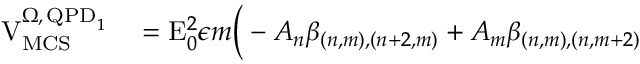
\begin{array} { r l } { \mathrm { V } _ { \mathrm { M C S } } ^ { \Omega , \, \mathrm { Q P D } _ { 1 } } } & { { } = \mathrm { E } _ { 0 } ^ { 2 } \epsilon m \Big ( - A _ { n } \beta _ { ( n , m ) , ( n + 2 , m ) } + A _ { m } \beta _ { ( n , m ) , ( n , m + 2 ) } } \end{array}